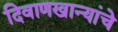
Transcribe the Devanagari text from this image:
दिवाणखान्यांचे